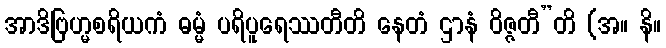
အာဒိဗြဟ္မစရိယကံ ဓမ္မံ ပရိပူရေဿတီတိ နေတံ ဌာနံ ဝိဇ္ဇတီ”တိ (အ။ နိ။